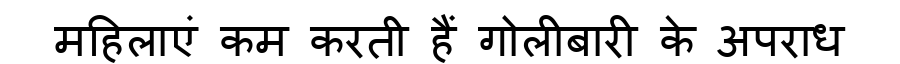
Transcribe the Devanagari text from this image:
महिलाएं कम करती हैं गोलीबारी के अपराध